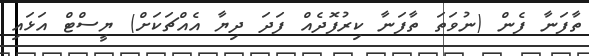
ތާފަނާ ފެން (ނުވަތަ ތާފަނާ ކިރުފޮދެއް ފަދަ ދިޔާ އެއްޗަކަށް) ޔީސްޓް އަޅައި